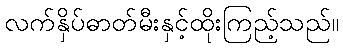
လက်နှိပ်ဓာတ်မီးနှင့်ထိုးကြည့်သည်။